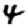
Digit: 4